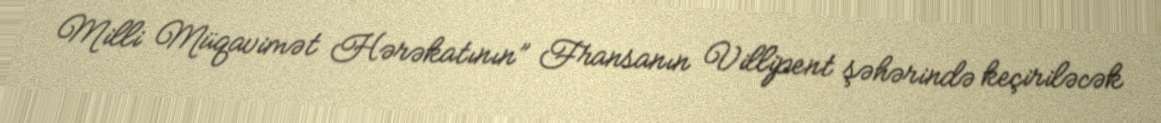
Milli Müqavimət Hərəkatının” Fransanın Villipent şəhərində keçiriləcək